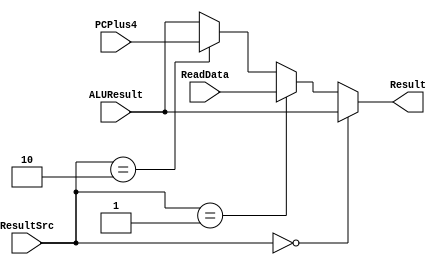
`timescale 1ns / 1ps
//////////////////////////////////////////////////////////////////////////////////
// Company: 
// Engineer: 
// 
// Design Name: 
// Module Name: WriteBack_MUX
// Project Name: 
// Target Devices: 
// Tool Versions: 
// Description: 
// 
// Dependencies: 
// 
// Revision:
// Revision 0.01 - File Created
// Additional Comments:
// 
//////////////////////////////////////////////////////////////////////////////////


module WriteBack_MUX(
input [1:0]ResultSrc,
input [31:0] ALUResult,
input [31:0] ReadData,
input [31:0] PCPlus4,
output [31:0] Result
    );
    
    assign Result = (ResultSrc == 2'b00) ? ALUResult :
                    (ResultSrc == 2'b01) ? ReadData :
                    (ResultSrc == 2'b10) ? PCPlus4 :  ALUResult ; 
endmodule